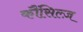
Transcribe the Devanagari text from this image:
कौंसिल्‍ज़